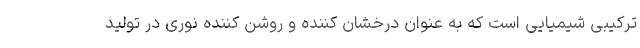
ترکیبی شیمیایی است که به عنوان درخشان کننده و روشن کننده نوری در تولید